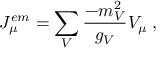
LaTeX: J _ { \mu } ^ { e m } = \sum _ { V } \frac { - m _ { V } ^ { 2 } } { g _ { V } } V _ { \mu } \; ,